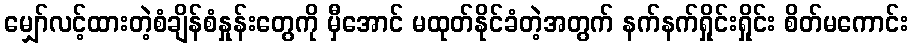
မျှော်လင့်ထားတဲ့စံချိန်စံနှုန်းတွေကို မှီအောင် မထုတ်နိုင်ခံတဲ့အတွက် နက်နက်ရှိုင်းရှိုင်း စိတ်မကောင်း